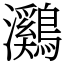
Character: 鸂